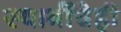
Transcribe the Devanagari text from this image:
स्वामींचेही